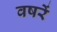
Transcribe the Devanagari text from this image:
वषरें